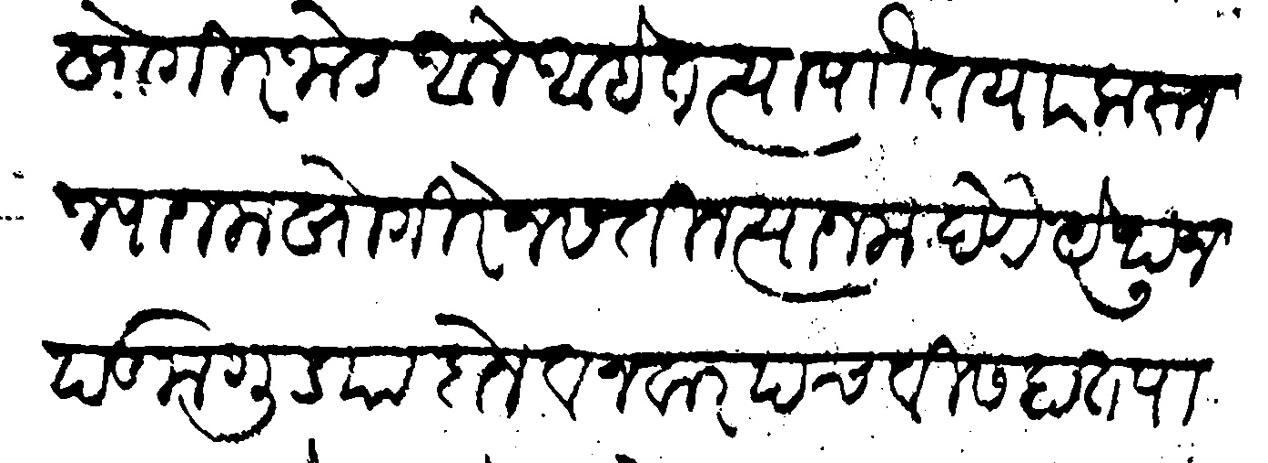
Transliteration (Devanagari): खोगीर जोड आले आहेत त्या पाौ तयार करून ज्याजला खोगीरे नसतील त्याजला देणे येथून पडमगुड्या दोन व नवार पचवीस हात पाटविली